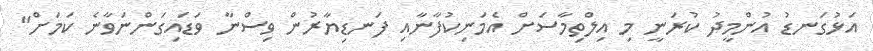
އަޅުގަނޑު އުންމީދު ކުރަނީ މި އިލްތިމާސަށް އެމަނިކުފާނާއި ފަނޑިޔާރުން ވިސްނާ ވަޑައިގަންނަވާނެ ކަމަށް"